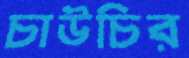
চাউচির